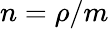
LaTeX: n=\rho/m